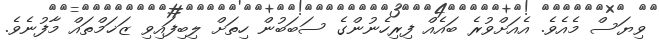
ވިޔަސް މެއެވެ. އެއަށްވުރެ ބައެއް ފިރިހެނުންގެ ސަބަބުން ހިތަށް ލިބިފައިވި ޒަޚަމްތައް މާފުނެވެ.